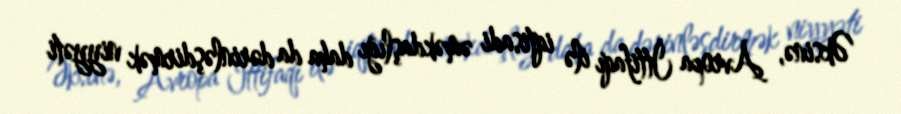
Əksinə, Avropa İttifaqı ilə iqtisadi əməkdaşlığı daha da dərinləşdirmək niyyəti